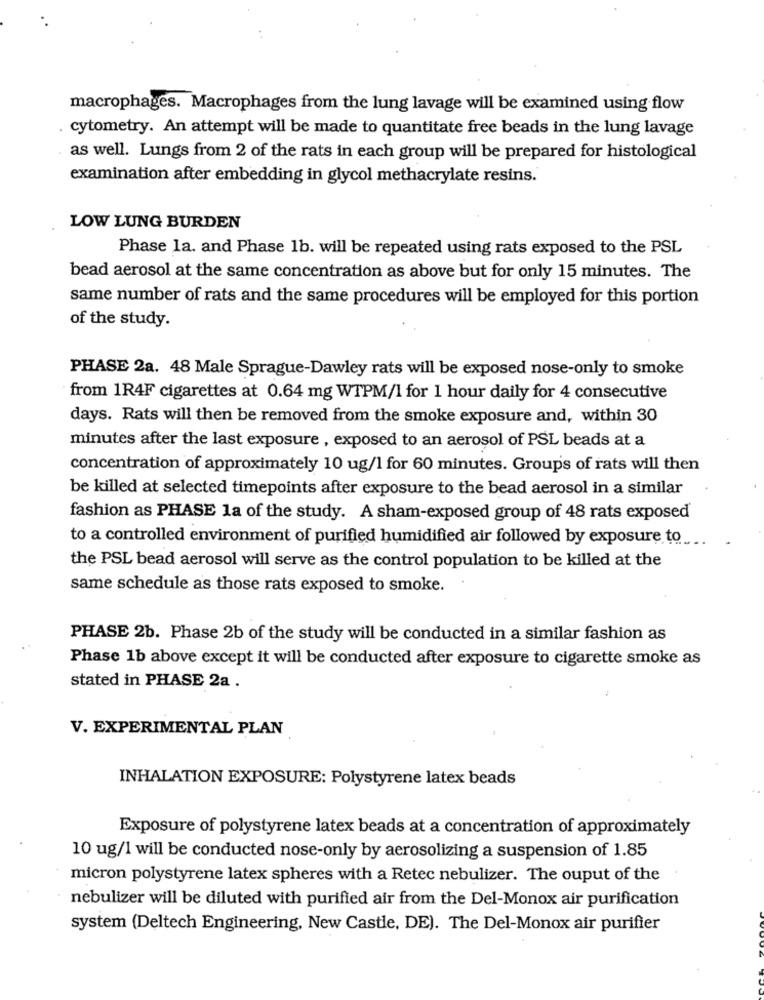
macrophages. Macrophages from the lung lavage will be examined using flow
cytometry. An attempt will be made to quantitate free beads in the lung lavage
as well. Lungs from 2 of the rats in each group will be prepared for histological
examination after embedding in glycol methacrylate resins.
LOW LUNG BURDEN
Phase la. and Phase 1b. will be repeated using rats exposed to the PSL
bead aerosol at the same concentration as above but for only 15 minutes. The
same number of rats and the same procedures will be employed for this portion
of the study.
PHASE 2a. 48 Male Sprague-Dawley rats will be exposed nose-only to smoke
from 1R4F cigarettes at 0.64 mg WTPM/1 for 1 hour daily for 4 consecutive
days. Rats will then be removed from the smoke exposure and, within 30
minutes after the last exposure , exposed to an aerosol of PSL beads at a
concentration of approximately 10 ug/1 for 60 minutes. Groups of rats will then
be killed at selected timepoints after exposure to the bead aerosol in a similar
fashion as PHASE la of the study. A sham-exposed group of 48 rats exposed
to a controlled environment of purified humidified air followed by exposure to
the PSL bead aerosol will serve as the control population to be killed at the
same schedule as those rats exposed to smoke.
PHASE 2b. Phase 2b of the study will be conducted in a similar fashion as
Phase 1b above except it will be conducted after exposure to cigarette smoke as
stated in PHASE 2a .
V. EXPERIMENTAL PLAN
INHALATION EXPOSURE: Polystyrene latex beads
Exposure of polystyrene latex beads at a concentration of approximately
10 ug/1 will be conducted nose-only by aerosolizing a suspension of 1.85
micron polystyrene latex spheres with a Retec nebulizer. The ouput of the
nebulizer will be diluted with purified air from the Del-Monox air purification
system (Deltech Engineering, New Castle, DE). The Del-Monox air purifier